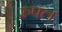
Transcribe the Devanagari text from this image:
रुपल